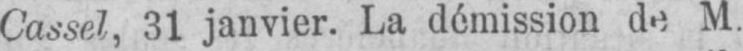
Cassel, 31 janvier. La démission de M.